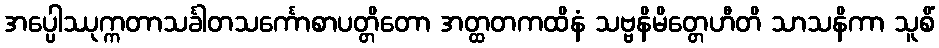
အပ္ပေါဿုက္ကတာသင်္ခါတသင်္ကောစာပတ္တိတော အတ္ထတကထိနံ သဗ္ဗနိမိတ္တေဟီတိ သာသနိကာ သူစိံ